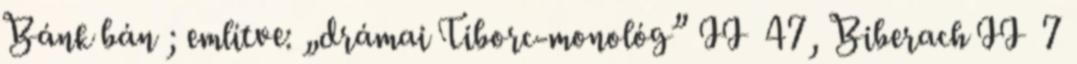
Bánk bán ; említve: „drámai Tiborc-monológ” II 47, Biberach II 7